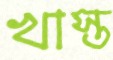
খাস্ত